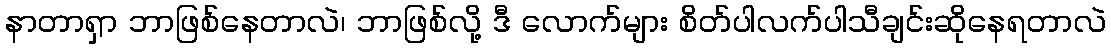
နာတာရှာ ဘာဖြစ်နေတာလဲ၊ ဘာဖြစ်လို့ ဒီ လောက်များ စိတ်ပါလက်ပါသီချင်းဆိုနေရတာလဲ